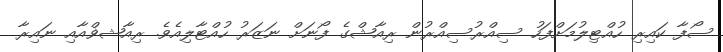
ސޯފާ ކައިރި ހުއްޓިލުމަށްފަހު ސިއްރުސިއްރުން ރިއާޝްގެ ފޯނަށް ނަޒަރު ހުއްޓާލިއެވެ. ރިއާޝޥްއާއި ނައިރާ